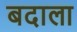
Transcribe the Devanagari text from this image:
बदाला